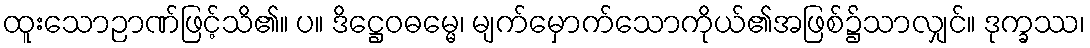
ထူးသောဉာဏ်ဖြင့်သိ၏။ ပ။ ဒိဋ္ဌေဝဓမ္မေ၊ မျက်မှောက်သောကိုယ်၏အဖြစ်၌သာလျှင်။ ဒုက္ခဿ၊